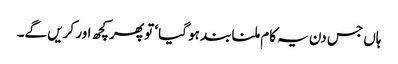
ہاں جس دن یہ کام ملنا بند ہو گیا‘ تو پھر کچھ اور کریں گے۔